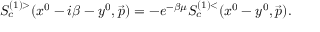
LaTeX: S _ { c } ^ { ( 1 ) > } ( x ^ { 0 } - i \beta - y ^ { 0 } , \vec { p } ) = - e ^ { - \beta \mu } S _ { c } ^ { ( 1 ) < } ( x ^ { 0 } - y ^ { 0 } , \vec { p } ) .